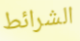
الشرائط